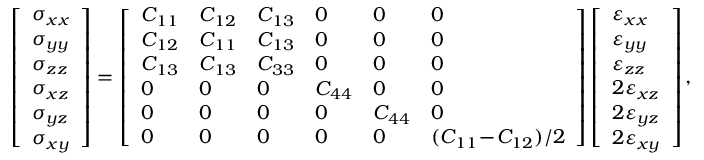
\left[ \begin{array} { l } { \sigma _ { x x } } \\ { \sigma _ { y y } } \\ { \sigma _ { z z } } \\ { \sigma _ { x z } } \\ { \sigma _ { y z } } \\ { \sigma _ { x y } } \end{array} \right] = \left[ \begin{array} { l l l l l l } { C _ { 1 1 } } & { C _ { 1 2 } } & { C _ { 1 3 } } & { 0 } & { 0 } & { 0 } \\ { C _ { 1 2 } } & { C _ { 1 1 } } & { C _ { 1 3 } } & { 0 } & { 0 } & { 0 } \\ { C _ { 1 3 } } & { C _ { 1 3 } } & { C _ { 3 3 } } & { 0 } & { 0 } & { 0 } \\ { 0 } & { 0 } & { 0 } & { C _ { 4 4 } } & { 0 } & { 0 } \\ { 0 } & { 0 } & { 0 } & { 0 } & { C _ { 4 4 } } & { 0 } \\ { 0 } & { 0 } & { 0 } & { 0 } & { 0 } & { ( C _ { 1 1 } \! - \! C _ { 1 2 } ) / 2 } \end{array} \right] \left[ \begin{array} { l } { \varepsilon _ { x x } } \\ { \varepsilon _ { y y } } \\ { \varepsilon _ { z z } } \\ { 2 \varepsilon _ { x z } } \\ { 2 \varepsilon _ { y z } } \\ { 2 \varepsilon _ { x y } } \end{array} \right] ,